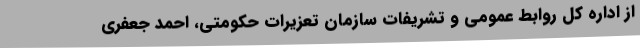
از اداره کل روابط عمومی و تشریفات سازمان تعزیرات حکومتی، احمد جعفری